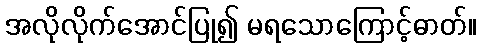
အလိုလိုက်အောင်ပြု၍ မရသောကြောင့်ဓာတ်။